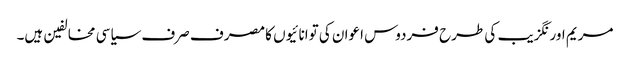
مریم اورنگزیب کی طرح فردوس اعوان کی توانائیوں کا مصرف صرف سیاسی مخالفین ہیں۔